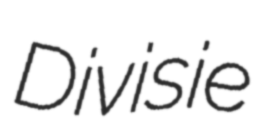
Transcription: Divisie